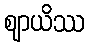
ဈာယိဿ